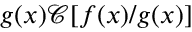
g ( x ) \mathcal { C } [ f ( x ) / g ( x ) ]